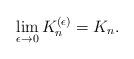
LaTeX: \begin{align*}\lim_{\epsilon \to 0} K_n^{(\epsilon)} = K_n.\end{align*}